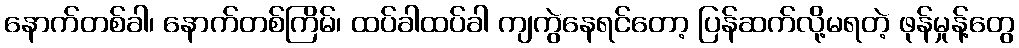
နောက်တစ်ခါ၊ နောက်တစ်ကြိမ်၊ ထပ်ခါထပ်ခါ ကျကွဲနေရင်တော့ ပြန်ဆက်လို့မရတဲ့ ဖုန်မှုန့်တွေ